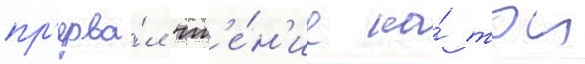
пр'ерва́л чт'е́н'ие на́ тои